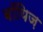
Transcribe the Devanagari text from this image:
बॉयिज़